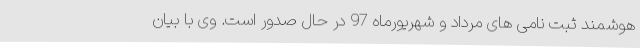
هوشمند ثبت نامی های مرداد و شهریورماه 97 در حال صدور است. وی با بیان